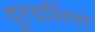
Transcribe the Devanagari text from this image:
दुरदर्शिता